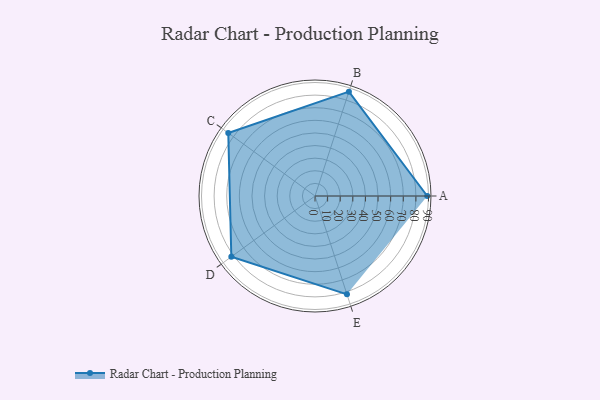
{"axis": {"x": "Skill", "y": "Score"}, "legend": ["Profile"], "data": [{"x": "A", "y": 89.0, "type": "Profile"}, {"x": "B", "y": 87.0, "type": "Profile"}, {"x": "C", "y": 85.0, "type": "Profile"}, {"x": "D", "y": 82.0, "type": "Profile"}, {"x": "E", "y": 82.0, "type": "Profile"}]}